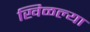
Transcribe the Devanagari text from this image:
खिळल्या